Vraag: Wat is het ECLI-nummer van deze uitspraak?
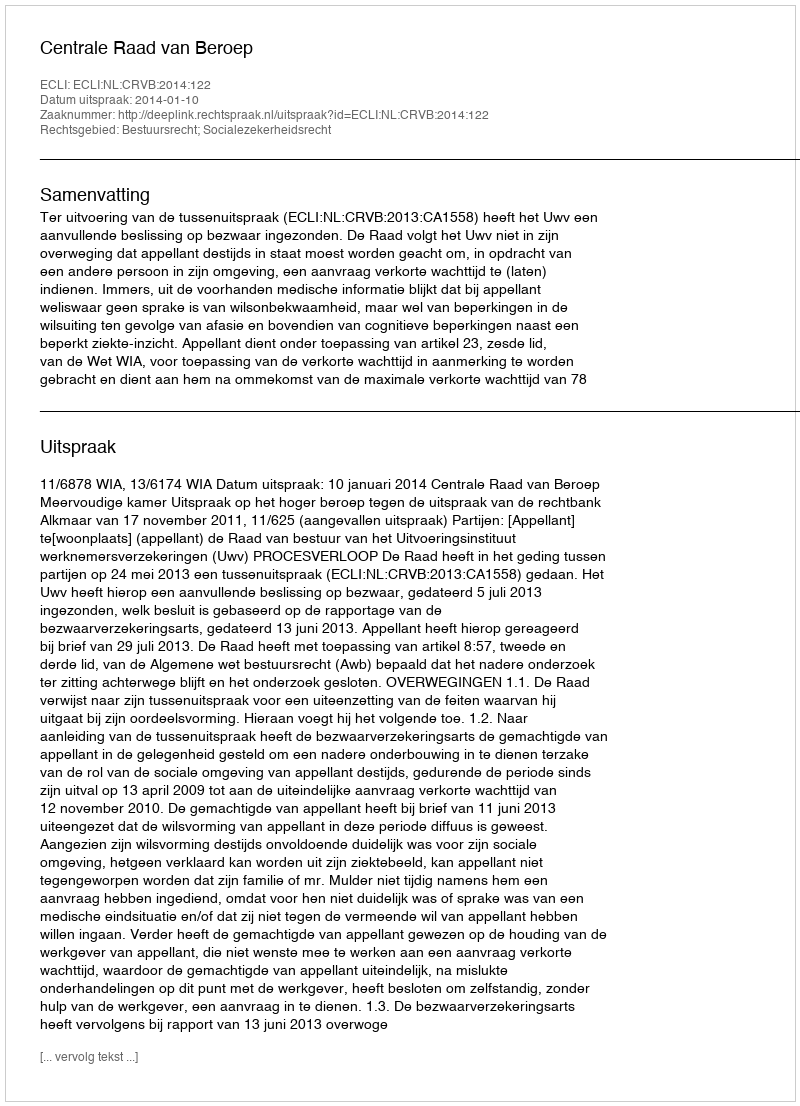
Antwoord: ECLI:NL:CRVB:2014:122